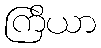
ကြိယာ